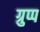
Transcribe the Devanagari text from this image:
ग्रुप्प